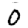
Digit: 0